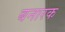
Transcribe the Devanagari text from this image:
बनारक